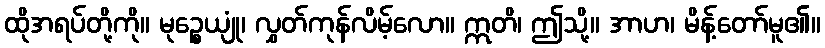
ထိုအရပ်တို့ကို။ မုဉ္စေယျုံ၊ လွှတ်ကုန်လိမ့်လော။ ဣတိ၊ ဤသို့။ အာဟ၊ မိန့်တော်မူ၏။